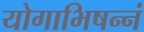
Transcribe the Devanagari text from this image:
योगाभिषन्नं